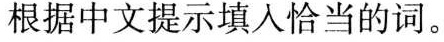
根据中文提示填入恰当的词.